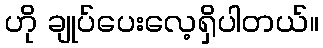
ဟို ချုပ်ပေးလေ့ရှိပါတယ်။